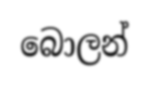
බොලන්